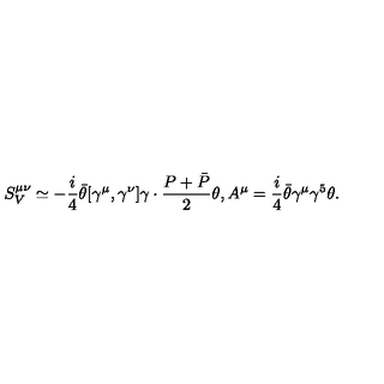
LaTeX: S _ { V } ^ { \mu \nu } \simeq - \frac { i } { 4 } \bar { \theta } [ \gamma ^ { \mu } , \gamma ^ { \nu } ] \gamma \cdot \frac { P + \bar { P } } { 2 } \theta , A ^ { \mu } = \frac { i } { 4 } \bar { \theta } \gamma ^ { \mu } \gamma ^ { 5 } \theta .